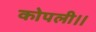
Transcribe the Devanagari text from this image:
कोपली।।